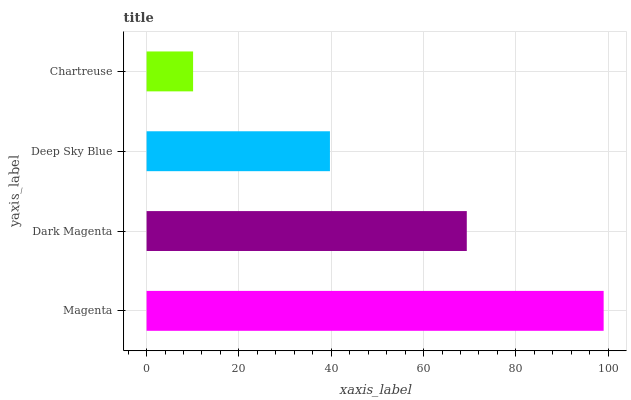
| yaxis_label | bars |
 | --- | --- |
 | Magenta | 99 |
 | Dark Magenta | 69.4 |
 | Deep Sky Blue | 39.7 |
 | Chartreuse | 10.1 |